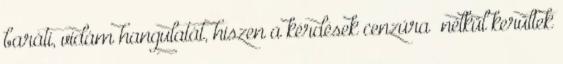
baráti, vidám hangulatát, hiszen a kérdések cenzúra” nélkül kerültek